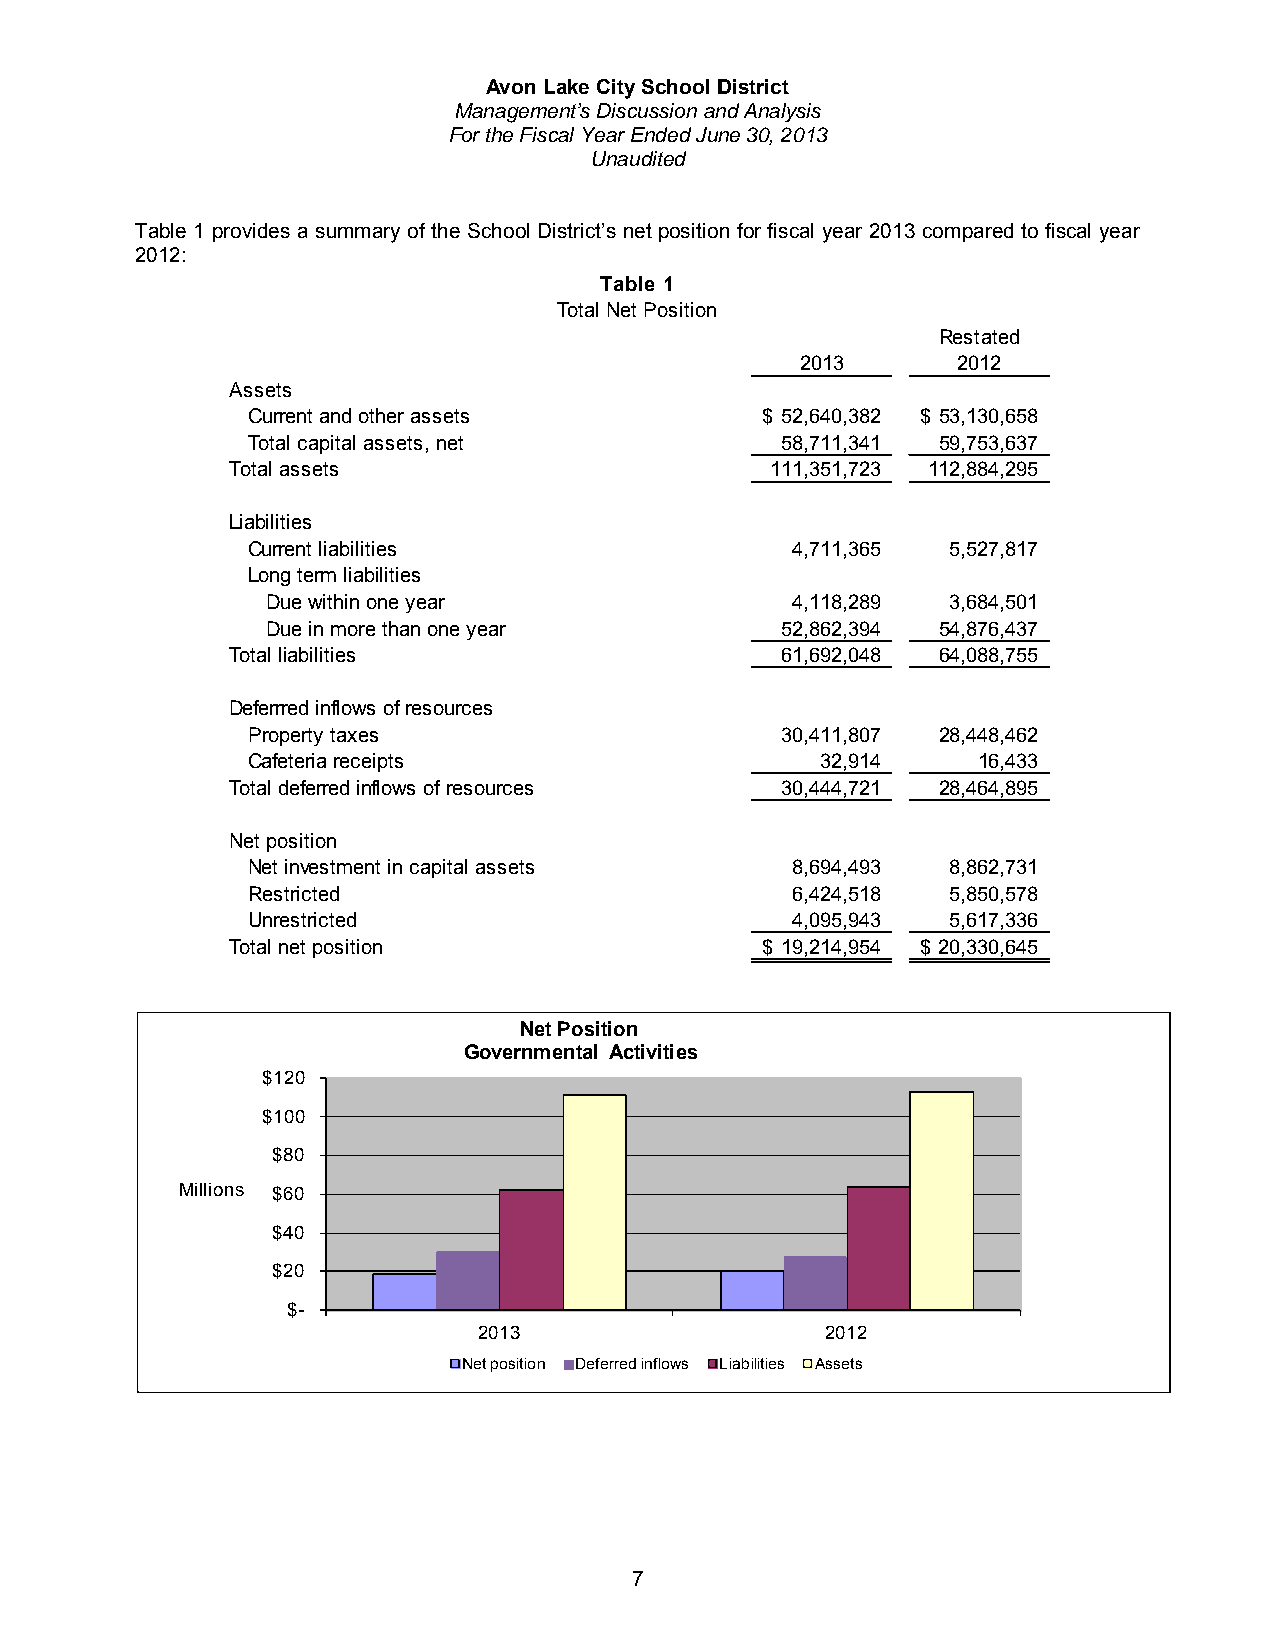
Avon Lake City School District
 Management’s Discussion and Analysis
 For the Fiscal Year Ended June 30, 2013
 Unaudited
 Table 1 provides a summary of the School District’s net position for fiscal year 2013 compared to fiscal year
 2012:
 Tab le 1
 Total Net Position
 Restated
 2013      2012
 Assets
 Current and other assets          $ 52,640,382 $ 53,130,658
 Total capital assets, net           5 8,711,341 5 9,753,637
 Total assets                        111,351,723 112,884,295
 Liabilities
 Current liabilities                 4,711,365  5,527,817
 Long term liabilities
 Due within one year               4,118,289  3,684,501
 Due in more than one year         5 2,862,394 5 4,876,437
 Total liabilities                    6 1,692,048 6 4,088,755
 Deferrred inflows of resources
 Property taxes                      3 0,411,807 2 8,448,462
 Cafeteria receipts                    32,914     16,433
 Total deferred inflows of resources  3 0,444,721 2 8,464,895
 Net position
 Net investment in capital assets    8,694,493  8,862,731
 Restricted                          6,424,518  5,850,578
 Unrestricted                        4,095,943  5,617,336
 Total net position                 $ 19,214,954 $ 20,330,645
 Net Position
 Governmental Activities
 $120
 $100
 $80
 Millions $60
 $40
 $20
 $-
 2013                   2012
 Net position Deferred inflows Liabilities Assets
 7